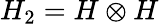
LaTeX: H_{2}=H\otimes H